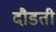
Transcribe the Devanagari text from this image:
दौडती